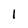
Character: 1